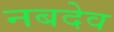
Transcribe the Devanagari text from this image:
नबदेव